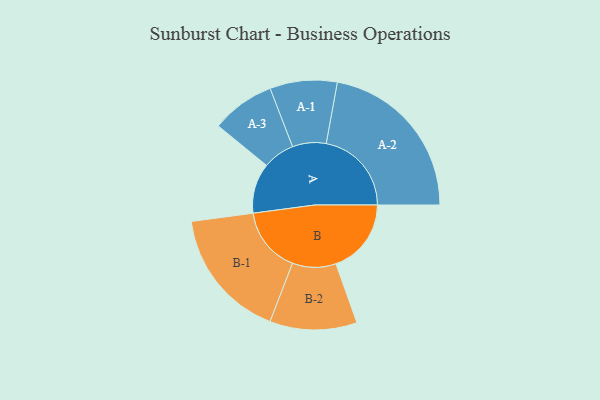
{"axis": {"x": "Segment", "y": "Value"}, "legend": ["", "A", "B"], "data": [{"x": "A", "y": 161, "type": ""}, {"x": "B", "y": 242, "type": ""}, {"x": "A-1", "y": 108, "type": "A"}, {"x": "A-2", "y": 274, "type": "A"}, {"x": "A-3", "y": 102, "type": "A"}, {"x": "B-1", "y": 211, "type": "B"}, {"x": "B-2", "y": 140, "type": "B"}]}